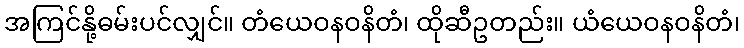
အကြင်နို့ဓမ်းပင်လျှင်။ တံယေဝနဝနိတံ၊ ထိုဆီဥတည်း။ ယံယေဝနဝနိတံ၊